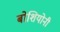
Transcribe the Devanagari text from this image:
बोशियोनी